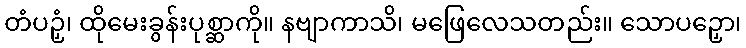
တံပဉှံ၊ ထိုမေးခွန်းပုစ္ဆာကို။ နဗျာကာသိ၊ မဖြေလေသတည်း။ သောပဉှော၊